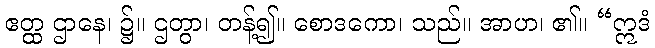
ဧတ္ထ ဌာနေ၊ ၌။ ဌတွာ၊ တန့်၍။ စောဒကော၊ သည်။ အာဟ၊ ၏။ “ဣဒံ